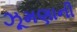
ઝૂમણાની